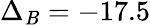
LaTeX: \Delta_{\mathit{B}}=-17.5